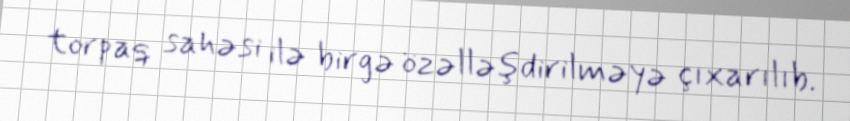
torpaq sahəsi ilə birgə özəlləşdirilməyə çıxarılıb.